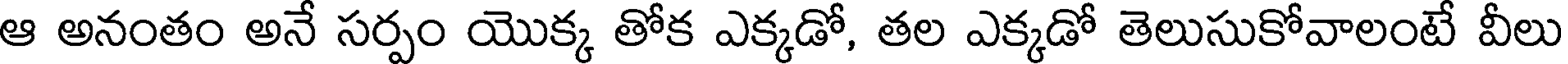
ఆ అనంతం అనే సర్పం యొక్క తోక ఎక్కడో, తల ఎక్కడో తెలుసుకోవాలంటే వీలు